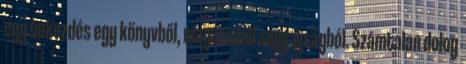
egy bekezdés egy könyvből, magazinból vagy újságból. Számtalan dolog